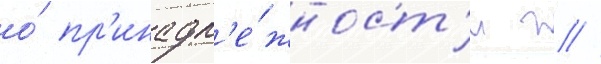
о́ пр'инадл'е́жност'и г //